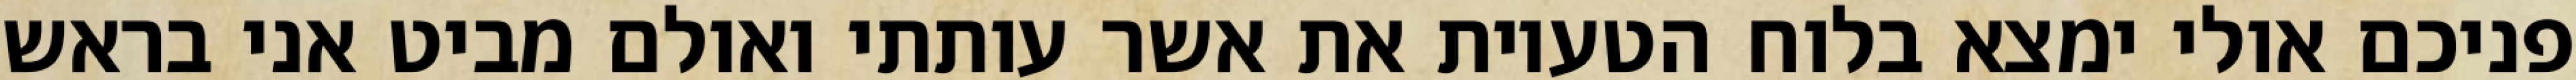
פניכם אולי ימצא בלוח הטעיות את אשר עותתי ואולם מביט אני בראש